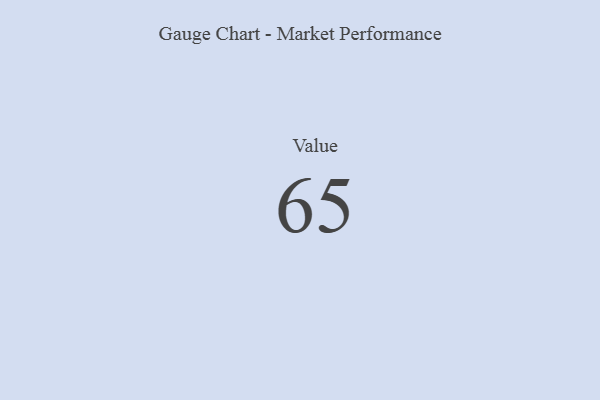
{"axis": {"x": "Metric", "y": "Value"}, "legend": [""], "data": [{"x": "Value", "y": 65, "type": ""}]}